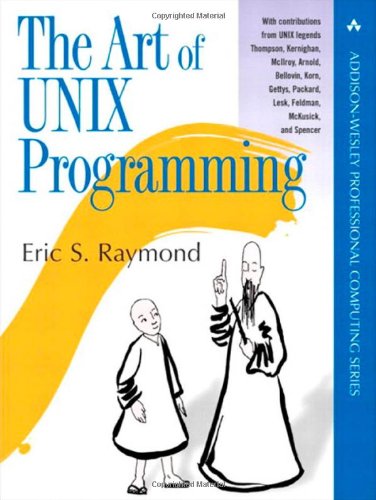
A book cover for The Art of UNIX Programming (The Addison-Wesley Professional Computng Series); Eric S. Raymond; Computers & Technology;